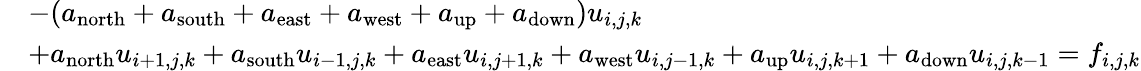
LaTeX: \begin{array}{rl}&{-(a_{\mathrm{north}}+a_{\mathrm{south}}+a_{\mathrm{east}}+a_{\mathrm{west}}+a_{\mathrm{up}}+a_{\mathrm{down}})u_{i,j,k}}\\ &{+a_{\mathrm{north}}u_{i+1,j,k}+a_{\mathrm{south}}u_{i-1,j,k}+a_{\mathrm{east}}u_{i,j+1,k}+a_{\mathrm{west}}u_{i,j-1,k}+a_{\mathrm{up}}u_{i,j,k+1}+a_{\mathrm{down}}u_{i,j,k-1}=f_{i,j,k}}\end{array}